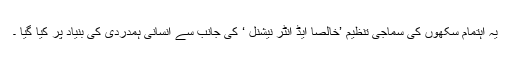
یہ اہتمام سکھوں کی سماجی تنظیم ’خالصا ایڈ انٹر نیشنل ‘ کی جانب سے انسانی ہمدردی کی بنیاد پر کیا گیا ۔